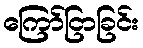
ကြော်ငြာခြင်း